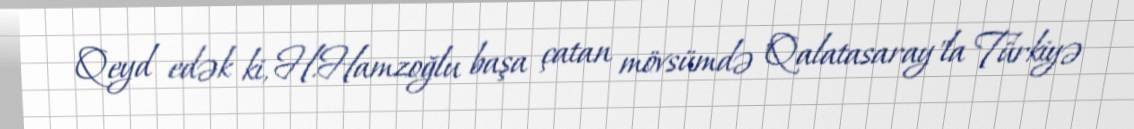
Qeyd edək ki, H.Hamzoğlu başa çatan mövsümdə "Qalatasaray"la Türkiyə